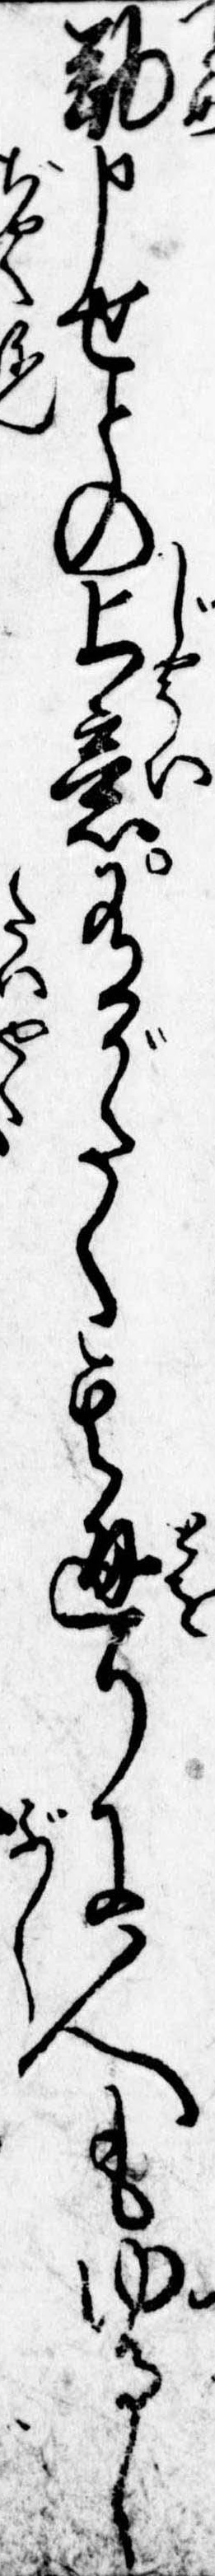
勤申せとの上意有がたく其通りに人もゆるし